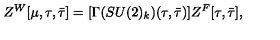
Z ^ { W } [ \mu , \tau , \bar { \tau } ] = [ \Gamma ( S U ( 2 ) _ { k } ) ( \tau , { \bar { \tau } } ) ] Z ^ { F } [ \tau , { \bar { \tau } } ] ,